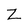
Character: Z